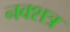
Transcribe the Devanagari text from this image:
नक्शत्र